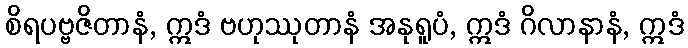
စိရပဗ္ဗဇိတာနံ, ဣဒံ ဗဟုဿုတာနံ အနုရူပံ, ဣဒံ ဂိလာနာနံ, ဣဒံ